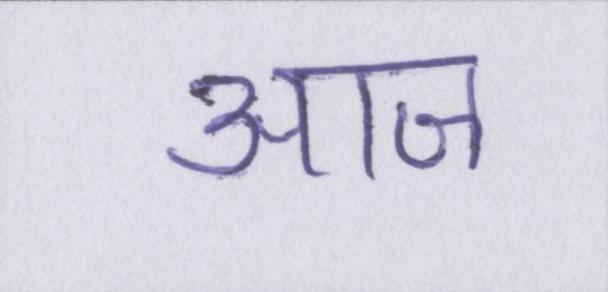
आज